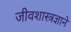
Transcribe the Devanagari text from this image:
जीवशास्त्रज्ञाने